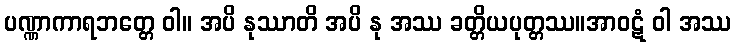
ပဏ္ဏာကာရဘတ္တေ ဝါ။ အပိ နုဿာတိ အပိ နု အဿ ခတ္တိယပုတ္တဿ။အာဝဋံ ဝါ အဿ